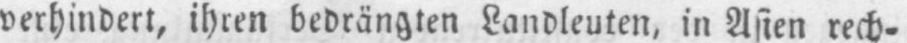
verhindert, ihren bedrängten Landleuten, in Asien rech⸗